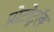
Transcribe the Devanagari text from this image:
प्रोटोट्रॉक